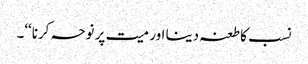
نسب کا طعنہ دینا اور میت پر نوحہ کرنا‘‘۔